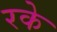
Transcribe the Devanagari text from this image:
रके